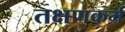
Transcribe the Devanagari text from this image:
तक्षणकर्म